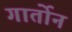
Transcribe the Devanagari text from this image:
गार्तोन